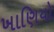
ખાણિયો